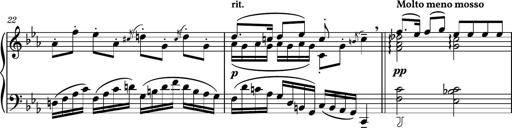
Title: Piano Sonatina No.8
Composer: Dimitri Sykias
Key: F major